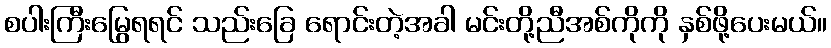
စပါးကြီးမြွေရရင် သည်းခြေ ရောင်းတဲ့အခါ မင်းတို့ညီအစ်ကိုကို နှစ်ဖို့ပေးမယ်။